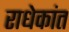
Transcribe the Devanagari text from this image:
राधेकांत